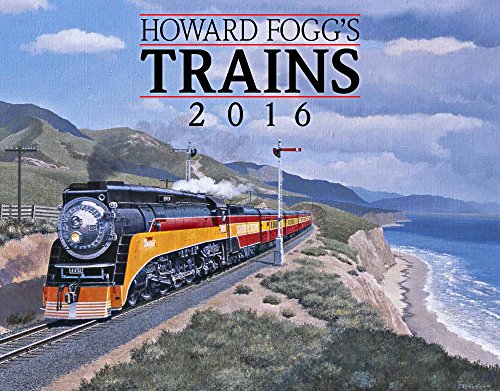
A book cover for Howard Foggs Trains 2016 Calendar 11x14; Howard Fogg; Engineering & Transportation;